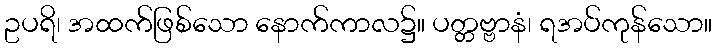
ဥပရိ၊ အထက်ဖြစ်သော နောက်ကာလ၌။ ပတ္တဗ္ဗာနံ၊ ရအပ်ကုန်သော။